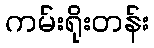
ကမ်းရိုးတန်း